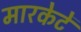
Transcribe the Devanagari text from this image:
मारकेटें